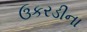
ઉકરડીના